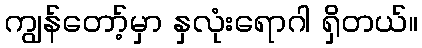
ကျွန်တော့်မှာ နှလုံးရောဂါ ရှိတယ်။